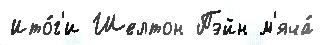
Ито́г'и Шелтон Пэйн м'яча́